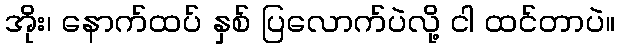
အိုး၊ နောက်ထပ် နှစ် ပြလောက်ပဲလို့ ငါ ထင်တာပဲ။